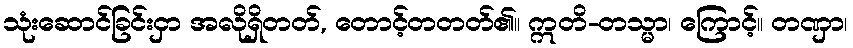
သုံးဆောင်ခြင်းငှာ အလိုရှိတတ်, တောင့်တတတ်၏။ ဣတိ-တသ္မာ၊ ကြောင့်။ တဏှာ၊